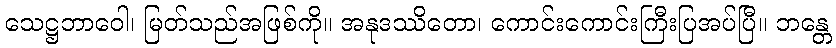
သေဋ္ဌဘာဝေါ၊ မြတ်သည်အဖြစ်ကို။ အနုဒဿိတော၊ ကောင်းကောင်းကြီးပြအပ်ပြီ။ ဘန္တေ